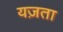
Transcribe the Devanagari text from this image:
यज़ता